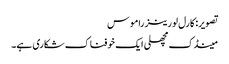
تصویر: کارل لورینز راموس
مینڈک مچھلی ایک خوفناک شکاری ہے۔